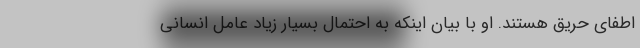
اطفای حریق هستند. او با بیان اینکه به احتمال بسیار زیاد عامل انسانی